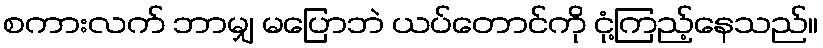
စကားလက် ဘာမျှ မပြောဘဲ ယပ်တောင်ကို ငုံ့ကြည့်နေသည်။